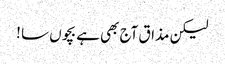
لیکن مذاق آج بھی ہے بچوں سا !